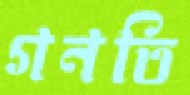
গনতি